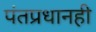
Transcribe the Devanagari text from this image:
पंतप्रधानही